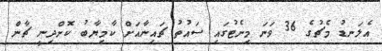
އެލަނޑު މެޗުގެ 36 ވަނަ މިނެޓުގައި ސައުތު ޗައިނާއަށް ކާމިޔާބު ކޮށްދިނީ ޗާން